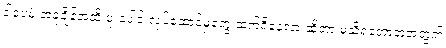
ဒါပေမဲ့ အခုချိန်အထိ ပူးပေါင်းလုပ်ဆောင်မှုတွေ ဆက်ရှိနေလားဆိုတာ မသိရတော့တဲ့အတွက်